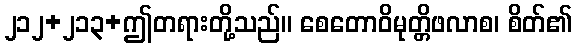
၂၁၂+၂၁၃+ဤတရားတို့သည်။ စေတောဝိမုတ္တိဖလာစ၊ စိတ်၏